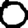
Digit: 0